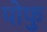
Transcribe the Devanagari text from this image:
पोफु